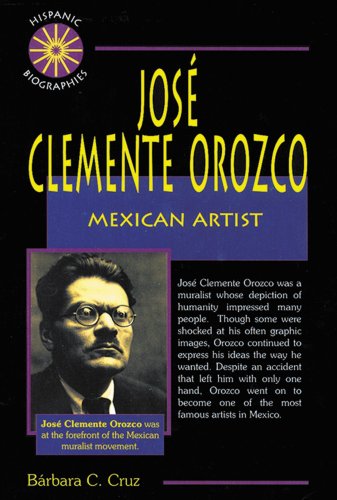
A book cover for Jose Clemente Orozco: Mexican Artist (Hispanic Biographies); Barbara Cruz; Teen & Young Adult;